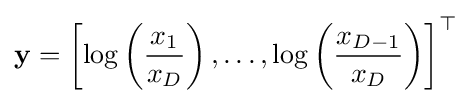
\mathbf {y} =\left[\log \left({\frac {x_{1}}{x_{D}}}\right),\dots ,\log \left({\frac {x_{D-1}}{x_{D}}}\right)\right]^{\top }